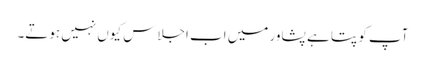
آپ کو پتا ہے پشاور میں اب اجلاس کیوں نہیں ہوتے۔